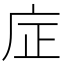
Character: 𪪎